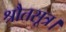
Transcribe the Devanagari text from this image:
श्रौतसूत्र।